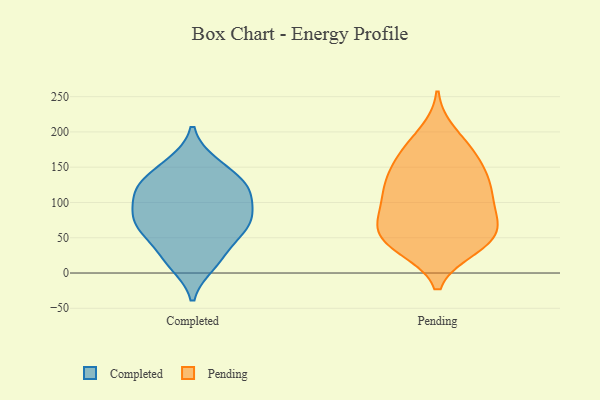
{"axis": {"x": "Headcount", "y": "Value"}, "legend": ["Completed", "Pending"], "data": [{"x": "", "y": 155, "type": "Completed"}, {"x": "", "y": 80, "type": "Completed"}, {"x": "", "y": 72, "type": "Completed"}, {"x": "", "y": 129, "type": "Completed"}, {"x": "", "y": 154, "type": "Completed"}, {"x": "", "y": 13, "type": "Completed"}, {"x": "", "y": 123, "type": "Completed"}, {"x": "", "y": 113, "type": "Completed"}, {"x": "", "y": 113, "type": "Completed"}, {"x": "", "y": 111, "type": "Completed"}, {"x": "", "y": 83, "type": "Completed"}, {"x": "", "y": 61, "type": "Completed"}, {"x": "", "y": 24, "type": "Completed"}, {"x": "", "y": 56, "type": "Completed"}, {"x": "", "y": 125, "type": "Completed"}, {"x": "", "y": 76, "type": "Completed"}, {"x": "", "y": 64, "type": "Completed"}, {"x": "", "y": 18, "type": "Completed"}, {"x": "", "y": 79, "type": "Pending"}, {"x": "", "y": 44, "type": "Pending"}, {"x": "", "y": 116, "type": "Pending"}, {"x": "", "y": 158, "type": "Pending"}, {"x": "", "y": 39, "type": "Pending"}, {"x": "", "y": 128, "type": "Pending"}, {"x": "", "y": 172, "type": "Pending"}, {"x": "", "y": 198, "type": "Pending"}, {"x": "", "y": 80, "type": "Pending"}, {"x": "", "y": 62, "type": "Pending"}, {"x": "", "y": 69, "type": "Pending"}, {"x": "", "y": 177, "type": "Pending"}, {"x": "", "y": 88, "type": "Pending"}, {"x": "", "y": 45, "type": "Pending"}, {"x": "", "y": 152, "type": "Pending"}, {"x": "", "y": 36, "type": "Pending"}, {"x": "", "y": 122, "type": "Pending"}, {"x": "", "y": 127, "type": "Pending"}, {"x": "", "y": 112, "type": "Pending"}, {"x": "", "y": 48, "type": "Pending"}]}